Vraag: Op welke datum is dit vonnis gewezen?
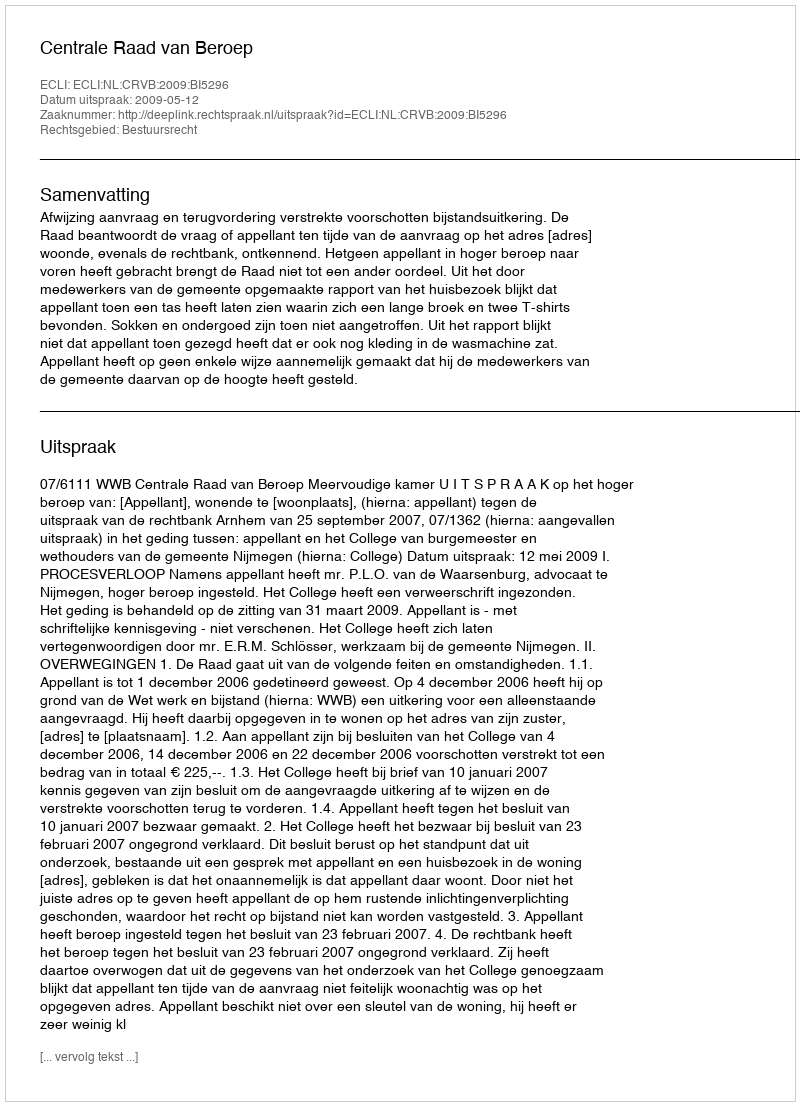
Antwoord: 2009-05-12